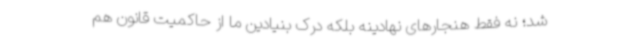
شد؛ نه فقط هنجارهای نهادینه بلکه درک بنیادین ما از حاکمیت قانون هم